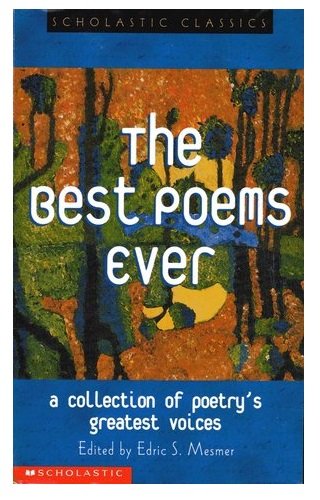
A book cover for The Best Poems Ever (Scholastic Classics); Teen & Young Adult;